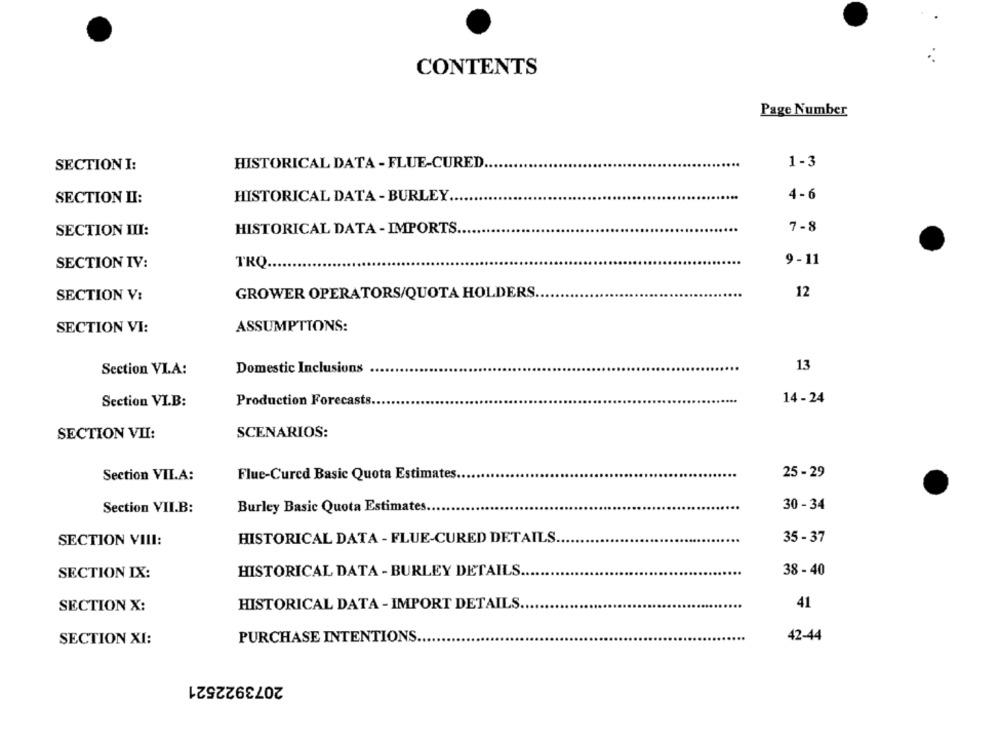
CONTENTS
Page Number
1-3
SECTION I:
HISTORICAL DATA - FLUE-CURED ..
SECTION II:
HISTORICAL DATA - BURLEY
4-6
HISTORICAL DATA - IMPORTS.
7-8
SECTION III:
9 -11
SECTION IV:
TRQ ..
SECTION V:
GROWER OPERATORS/QUOTA HOLDERS.
12
SECTION VI:
ASSUMPTIONS:
Section VI.A:
Domestic Inclusions
13
14- 24
Section VI.B:
Production Forecasts.
SECTION VII:
SCENARIOS:
25- 29
Section VII.A:
Flue-Cured Basic Quota Estimates.
Section VII.B:
Burley Basic Quota Estimates.
30 -34
SECTION VILI:
HISTORICAL DATA - FLUE-CURED DETAILS.
35 - 37
HISTORICAL DATA - BURLEY DETAILS.
38 - 40
SECTION IX:
SECTION X:
HISTORICAL DATA - IMPORT DETAILS ...
41
PURCHASE INTENTIONS.
42-44
SECTION XI:
2073922521